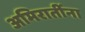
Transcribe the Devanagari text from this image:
अमिरातींना